Vaccination in Bombay 1869-1873 - 1869-1873
Year: 1869
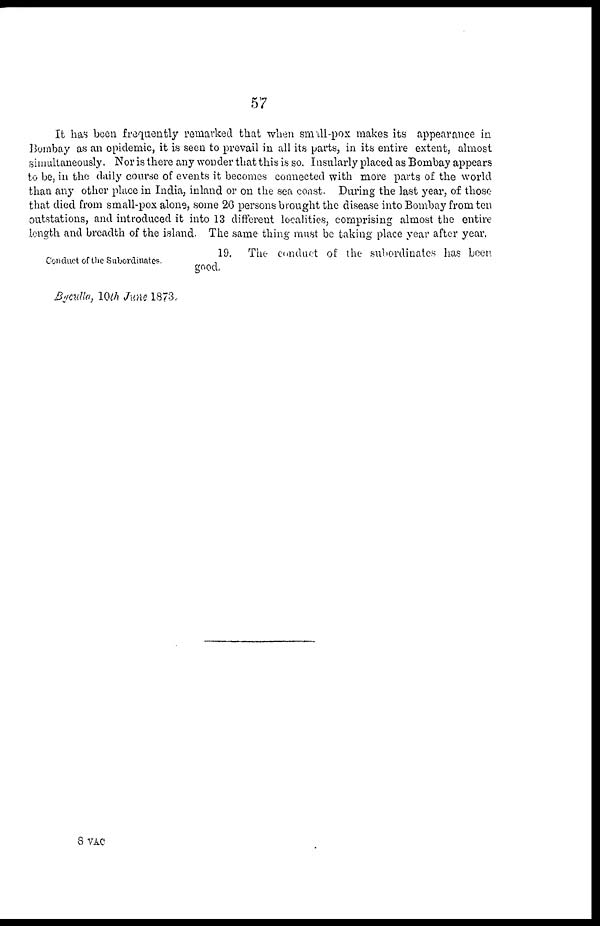
57
It has been frequently remarked that when small-pox makes its appearance in
Bombay as an epidemic, it is seen to prevail in all its parts, in its entire extent, almost
simultaneously. Nor is there any wonder that this is so. Insularly placed as Bombay appears
to be, in the daily course of events it becomes connected with more parts of the world
than any other place in India, inland or on the sea coast. During the last year, of those
that died from small-pox alone, some 26 persons brought the disease into Bombay from ten
outstations, and introduced it into 13 different localities, comprising almost the entire
length and breadth of the island. The same thing must be taking place year after year.
Conduct of the Subordinates.
19. The conduct of the subordinates has been
good.
Byculla, 10th June 1873.
8 VAC